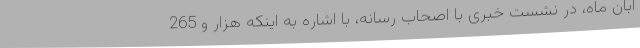
آبان ماه، در نشست خبری با اصحاب رسانه، با اشاره به اینکه هزار و 265